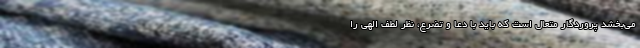
می‌بخشد پروردگار متعال است که باید با دعا و تضرع، نظر لطف الهی را